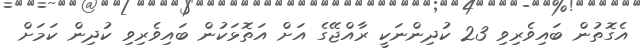
އެގޮތުން ބައިވެރިވި 23 ކުދިންނަކީ ރާއްޖޭގެ އަށް އަތޮޅަކުން ބައިވެރިވި ކުދިން ކަމަށް